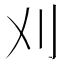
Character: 刈